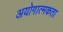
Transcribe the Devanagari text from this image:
अयोगात्मकता